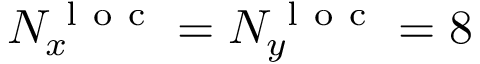
N _ { x } ^ { \mathrm { ~ l ~ o ~ c ~ } } = N _ { y } ^ { \mathrm { ~ l ~ o ~ c ~ } } = 8